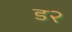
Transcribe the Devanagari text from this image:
ड२